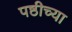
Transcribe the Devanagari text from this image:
पष्ठीच्या